Report on the working of the Ranchi Indian Mental Hospital, Kanke, in Bihar and Orissa - 1930-1940
Year: 1930
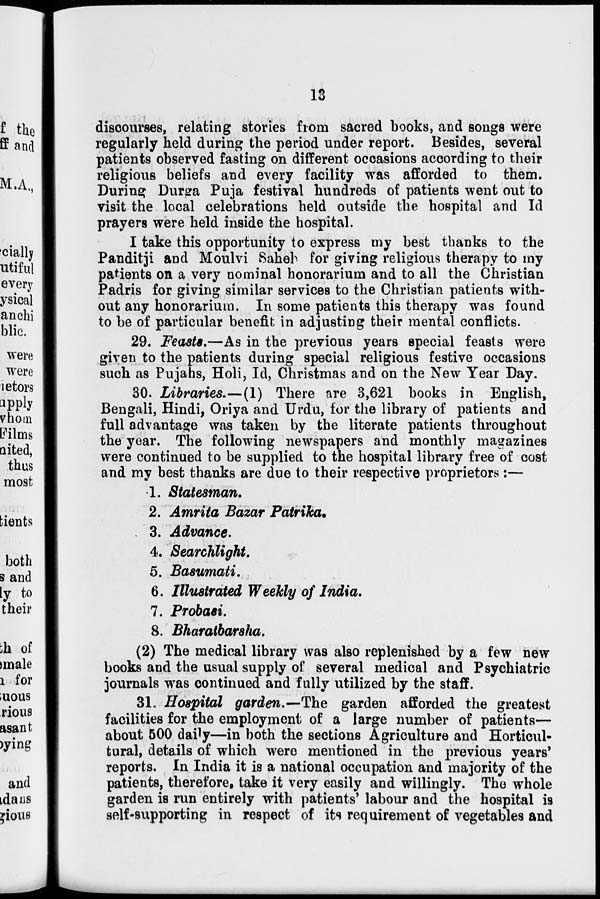
13
discourses, relating stories from sacred books, and songs were
regularly held during the period under report. Besides, several
patients observed fasting on different occasions according to their
religious beliefs and every facility was afforded to them.
During Durga Puja festival hundreds of patients went out to
visit the local celebrations held outside the hospital and Id
prayers were held inside the hospital.
I take this opportunity to express my best thanks to the
Panditji and Moulvi Saheb for giving religious therapy to my
patients on a very nominal honorarium and to all the Christian
Padris for giving similar services to the Christian patients with-
out any honorarium. In some patients this therapy was found
to be of particular benefit in adjusting their mental conflicts.
29. Feasts.—As in the previous years special feasts were
given to the patients during special religious festive occasions
such as Pujahs, Holi, Id, Christmas and on the New Year Day.
30. Libraries.—(1) There are 3,621 books in English,
Bengali, Hindi, Oriya and Urdu, for the library of patients and
full advantage was taken by the literate patients throughout
the year. The following newspapers and monthly magazines
were continued to be supplied to the hospital library free of cost
and my best thanks are due to their respective proprietors :—
1. Statesman.
2. Amrita Bazar Patrika.
3. Advance.
4. Searchlight.
5. Basumati.
6. Illustrated Weekly of India.
7. Probasi.
8. Bharatbarsha.
(2) The medical library was also replenished by a few new
books and the usual supply of several medical and Psychiatric
journals was continued and fully utilized by the staff.
31. Hospital garden.—The garden afforded the greatest
facilities for the employment of a large number of patients—
about 500 daily—in both the sections Agriculture and Horticul-
tural, details of which were mentioned in the previous years'
reports. In India it is a national occupation and majority of the
patients, therefore, take it very easily and willingly. The whole
garden is run entirely with patients' labour and the hospital is
self-supporting in respect of its requirement of vegetables and